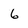
Character: 6